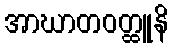
အာဃာတဝတ္ထူနိ